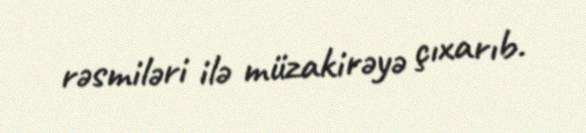
rəsmiləri ilə müzakirəyə çıxarıb.